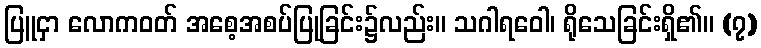
ပြူငှာ လောကဝတ် အစေ့အစပ်ပြုခြင်း၌လည်း။ သဂါရဝေါ၊ ရိုသေခြင်းရှိ၏။ (၇)